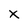
Character: x